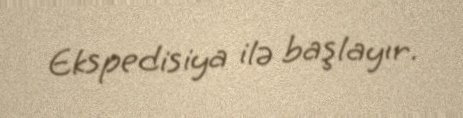
Ekspedisiya ilə başlayır.